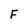
Character: F